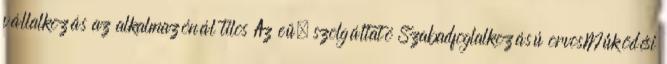
vállalkozás az alkalmazónál tilos Az eü. szolgáltató Szabadfoglalkozású orvosMűködési